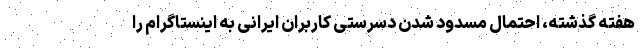
هفته گذشته، احتمال مسدود شدن دسرستی کاربران ایرانی به اینستاگرام را